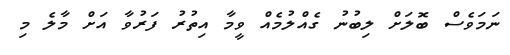
ނަމަވެސް ބޮލަށް ލިބުނު ގެއްލުމެއް ވީމާ އިތުރު ފަރުވާ އަށް މާލެ މި